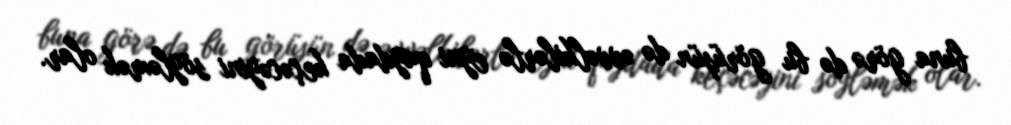
buna görə də bu görüşün də əvvəlkilərlə eyni qaydada keçəcəyini söyləmək olar.